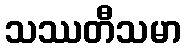
သဿတီသမာ